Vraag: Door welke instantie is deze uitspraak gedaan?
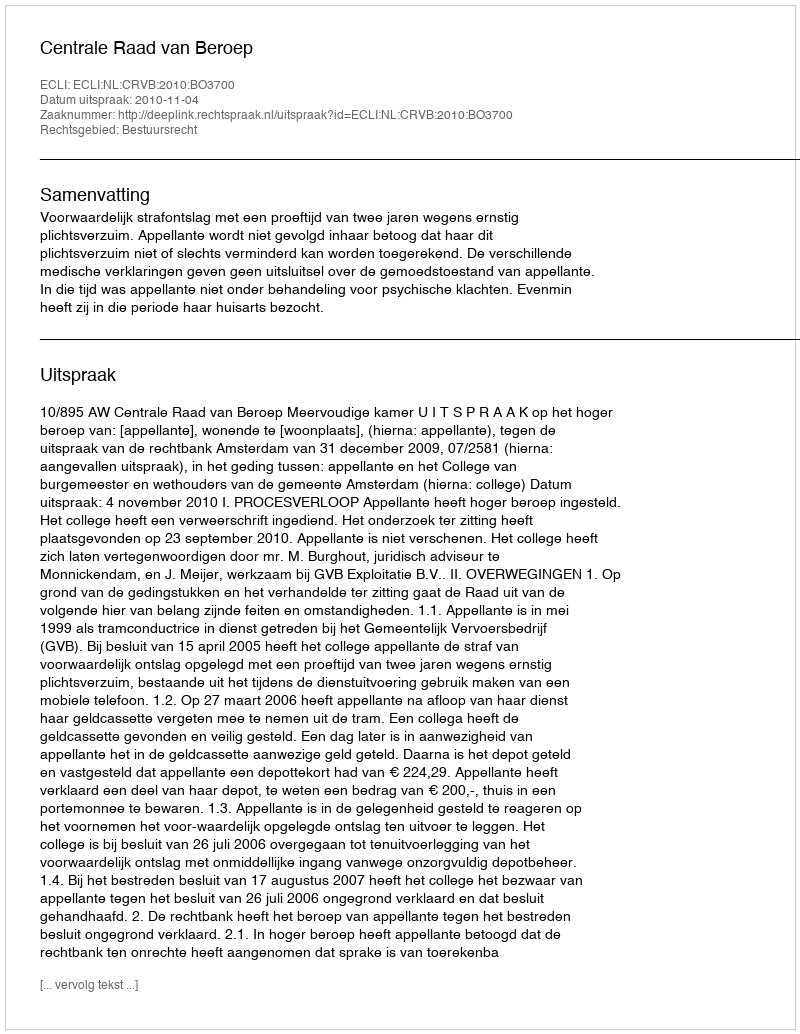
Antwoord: Centrale Raad van Beroep